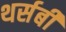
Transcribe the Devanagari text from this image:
थर्सबी